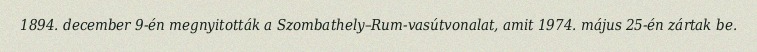
1894. december 9-én megnyitották a Szombathely–Rum-vasútvonalat, amit 1974. május 25-én zártak be.